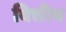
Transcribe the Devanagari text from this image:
वित्तीय